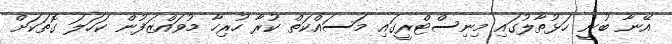
އޭނާ ބުނީ ހަޅުތާލުގައި މިނިސްޓްރީގައި މަސައްކަތް ކުރާ ހުރިހާ މުވައްޒަފުން ކަހަލަ ގޮތަކަށް